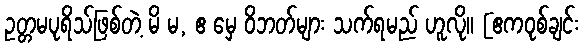
ဥတ္တမပုရိသ်ဖြစ်တဲ့ မိ မ, ဧ မှေ ဝိဘတ်များ သက်ရမည် ဟူလို။ [ဧကဝုစ်ချင်း